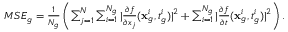
\begin{array} { r } { M S E _ { g } = \frac { 1 } { N _ { g } } \left( \sum _ { j = 1 } ^ { N } \sum _ { i = 1 } ^ { N _ { g } } | \frac { \partial f } { \partial x _ { j } } ( \mathbf { x } _ { g } ^ { i } , t _ { g } ^ { i } ) | ^ { 2 } + \sum _ { i = 1 } ^ { N _ { g } } | \frac { \partial f } { \partial t } ( \mathbf { x } _ { g } ^ { i } , t _ { g } ^ { i } ) | ^ { 2 } \right) . } \end{array}